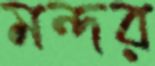
মন্দর